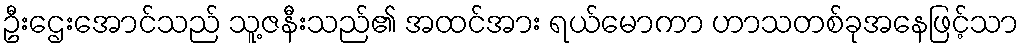
ဦးဌေးအောင်သည် သူ့ဇနီးသည်၏ အထင်အား ရယ်မောကာ ဟာသတစ်ခုအနေဖြင့်သာ